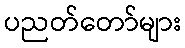
ပညတ်တော်များ